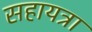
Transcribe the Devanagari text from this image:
सहायत्रा